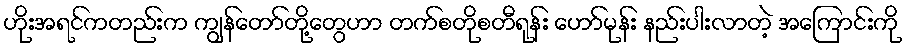
ဟိုးအရင်ကတည်းက ကျွန်တော်တို့တွေဟာ တက်စတိုစတီရုန်း ဟော်မုန်း နည်းပါးလာတဲ့ အကြောင်းကို